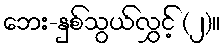
ဘေး-နှစ်သွယ်လွှင့် (၂)။